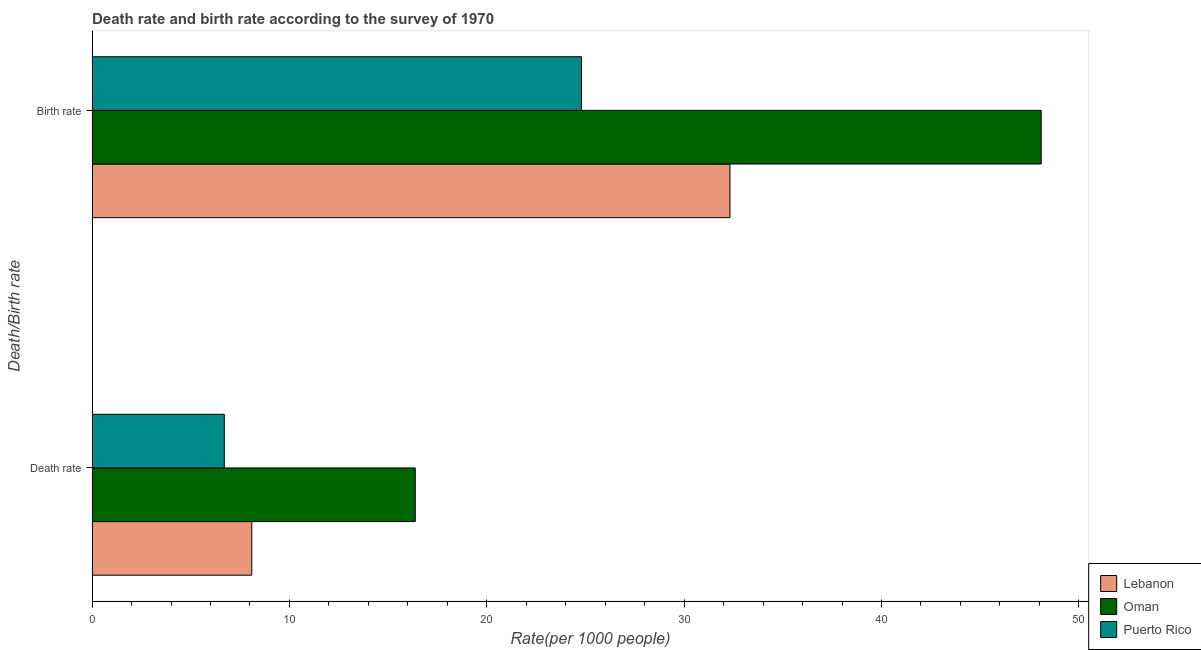
| Death/Birth rate | Lebanon | Oman | Puerto Rico |
 | --- | --- | --- | --- |
 | Death rate | 8.09 | 16.4 | 6.7 |
 | Birth rate | 32.3 | 48.1 | 24.8 |